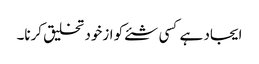
ایجاد ہے کسی شئے کو ازخود تخلیق کرنا۔